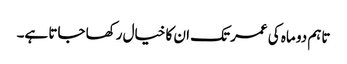
تاہم دو ماہ کی عمر تک ان کا خیال رکھا جاتا ہے۔